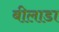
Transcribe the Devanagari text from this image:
बीलाडा